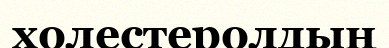
холестеролдың